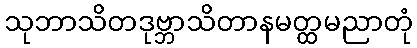
သုဘာသိတဒုဗ္ဘာသိတာနမတ္ထမညာတုံ